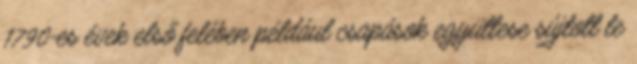
1790-es évek első felében például csapások együttese sújtott le